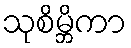
သုစိမ္ဘိကာ